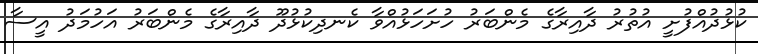
ކުޅުދުއްފުށީ އުތުރު ދާއިރާގެ މެންބަރު ހުށަހަޅުއްވާ ކެނދިކުޅުދޫ ދާއިރާގެ މެންބަރު އަހުމަދު އީސާ